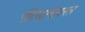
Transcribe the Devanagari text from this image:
एंटिरेट्रोवायरल